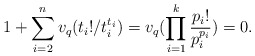
\begin{align*}1+ \sum_{i = 2}^n v_q(t_i!/t_i^{t_i}) = v_q(\prod_{i = 1}^k\frac{p_i!}{p_i^{p_i}}) = 0.\end{align*}